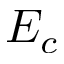
E _ { c }